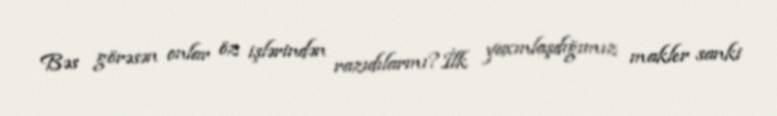
Bəs görəsən onlar öz işlərindən razıdılarmı?İlk yaxınlaşdığımız makler sanki